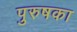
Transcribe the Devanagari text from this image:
पुरुषका